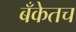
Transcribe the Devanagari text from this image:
बँकेतच